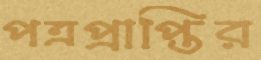
পত্রপ্রাপ্তির